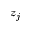
z _ { j }